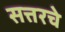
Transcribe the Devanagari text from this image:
सत्तरचे